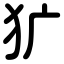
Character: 犷